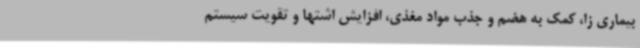
بیماری زا، کمک به هضم و جذب مواد مغذی، افزایش اشتها و تقویت سیستم